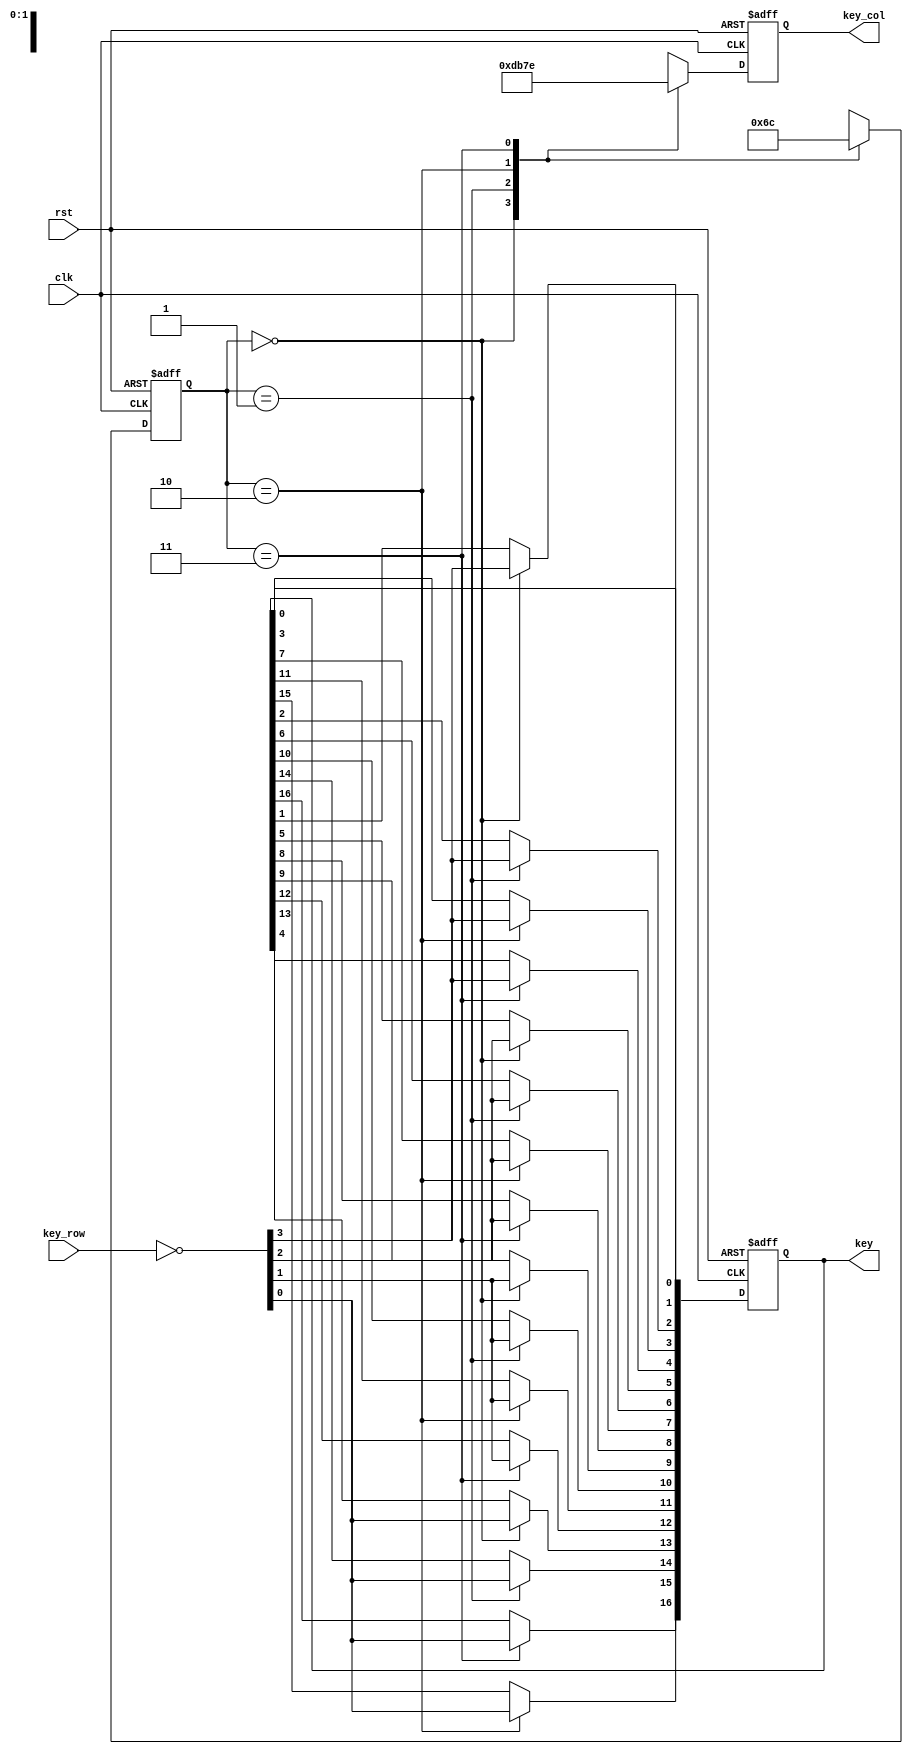
module keyscan(clk,rst,key_col,key_row,key);
// module keyscan(clk,rst,key_col,key_row,key,led_ld);
    input clk;
    input rst;
    output reg [3:0] key_col; 
    input [3:0] key_row;
    output reg [16:0] key;
    //output [15:0] led_ld; 

    reg [1:0] state;

    initial begin
        state<=2'b00;
        key_col<=4'b0000;
        key<=17'b0_0000_0000_0000_0000;
    end

    always @(posedge clk or posedge rst) begin
        if(rst) begin
            state<=2'b11;
            key_col<=4'b1000;
            key<=17'b0_0000_0000_0000_0000;
        end

        else begin
            case (state)
                2'b00: begin
                    // key[3:0]<=~key_row;
                    {key[1],key[5],key[9],key[13]}<=~key_row;
                    // key[0]<=key_row[3];
                    // key[4]<=key_row[2];
                    // key[8]<=key_row[1];
                    // key[12]<=key_row[0];
                    key_col<=~4'b0010;
                    state<=2'b01;
                end
                2'b01: begin
                    // key[7:4]<=~key_row;
                    {key[2],key[6],key[10],key[14]}<=~key_row;
                    // key[1]<=key_row[3];
                    // key[5]<=key_row[2];
                    // key[9]<=key_row[1];
                    // key[13]<=key_row[0];
                    key_col<=~4'b0100;
                    state<=2'b10;
                end
                2'b10: begin
                    // key[11:8]<=~key_row;
                    {key[3],key[7],key[11],key[15]}<=~key_row;
                    // key[2]<=key_row[3];
                    // key[6]<=key_row[2];
                    // key[10]<=key_row[1];
                    // key[14]<=key_row[0];
                    key_col<=~4'b1000;
                    state<=2'b11;
                end
                2'b11: begin
                    // key[15:12]<=~key_row;
                    {key[4],key[8],key[12],key[16]}<=~key_row;
                    // key[3]<=key_row[3];
                    // key[7]<=key_row[2];
                    // key[11]<=key_row[1];
                    // key[15]<=key_row[0];
                    key_col<=~4'b0001;
                    state<=2'b00;
                end
            endcase

            // case (count)
            //     2'b00: begin
            //         key[3:0]<=key_row;
            //         key_col<=4'b0010;
            //     end
            //     2'b01: begin
            //         key[7:4]<=key_row;
            //         key_col<=4'b0100;
            //     end
            //     2'b10: begin
            //         key[11:8]<=key_row;
            //         key_col<=4'b1000;
            //     end
            //     2'b11: begin
            //         key[15:12]<=key_row;
            //         key_col<=4'b0001;
            //     end 
            // endcase
            // count<=count+1'b1;
        end
    end
    //assign led_ld[15:0]=key[16:1];
    // assign led_ld[15:14]=state;
    // assign led_ld[11:8]=key_col;
    // assign led_ld[7:4]=~key_row;
    // assign led_ld[0]=rst;
    // assign led_ld=key;
endmodule